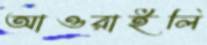
আওরাইলি